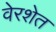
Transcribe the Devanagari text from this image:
वेरशेत